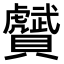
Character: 𧸾